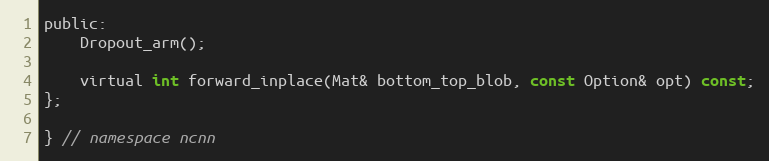
Language: C
public:
    Dropout_arm();

    virtual int forward_inplace(Mat& bottom_top_blob, const Option& opt) const;
};

} // namespace ncnn